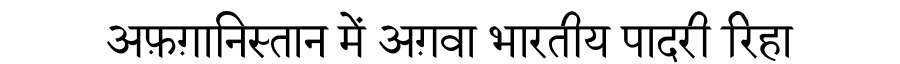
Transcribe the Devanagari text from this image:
अफ़ग़ानिस्तान में अग़वा भारतीय पादरी रिहा